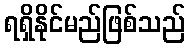
ရရှိနိုင်မည်ဖြစ်သည်